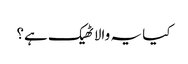
کیا یہ والا ٹھیک ہے؟